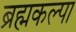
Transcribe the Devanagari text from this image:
ब्रह्मकल्पा